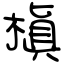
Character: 槇